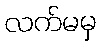
လက်မမှ